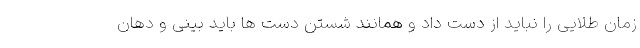
زمان طلایی را نباید از دست داد و همانند شستن دست ها باید بینی و دهان